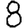
Digit: 8